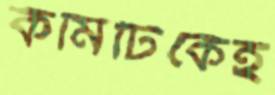
কমিটিকেই